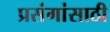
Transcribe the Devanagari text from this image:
प्रसंगांसाठी